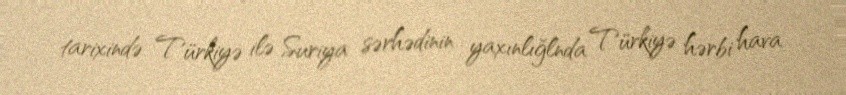
tarixində Türkiyə ilə Suriya sərhədinin yaxınlığlnda Türkiyə hərbi hava